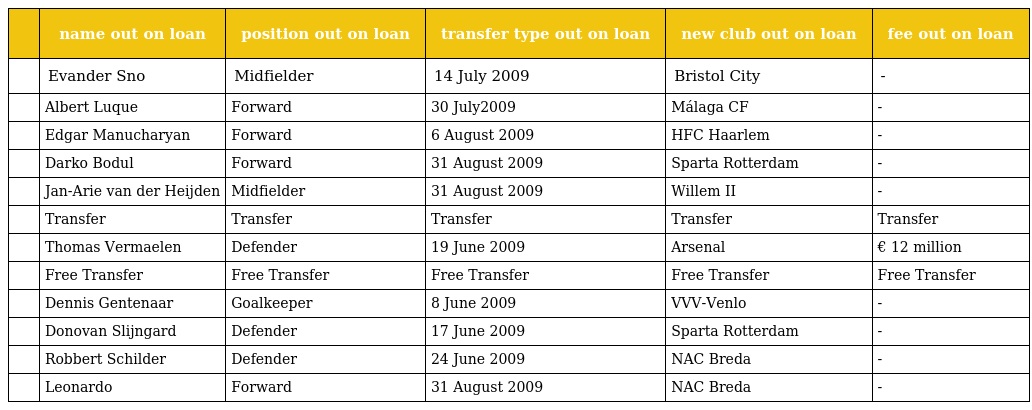
|  | name out on loan | position out on loan | transfer type out on loan | new club out on loan | fee out on loan |
 | --- | --- | --- | --- | --- | --- |
 |  | Evander Sno | Midfielder | 14 July 2009 | Bristol City | - |
 |  | Albert Luque | Forward | 30 July2009 | Málaga CF | - |
 |  | Edgar Manucharyan | Forward | 6 August 2009 | HFC Haarlem | - |
 |  | Darko Bodul | Forward | 31 August 2009 | Sparta Rotterdam | - |
 |  | Jan-Arie van der Heijden | Midfielder | 31 August 2009 | Willem II | - |
 |  | Transfer | Transfer | Transfer | Transfer | Transfer |
 |  | Thomas Vermaelen | Defender | 19 June 2009 | Arsenal | € 12 million |
 |  | Free Transfer | Free Transfer | Free Transfer | Free Transfer | Free Transfer |
 |  | Dennis Gentenaar | Goalkeeper | 8 June 2009 | VVV-Venlo | - |
 |  | Donovan Slijngard | Defender | 17 June 2009 | Sparta Rotterdam | - |
 |  | Robbert Schilder | Defender | 24 June 2009 | NAC Breda | - |
 |  | Leonardo | Forward | 31 August 2009 | NAC Breda | - |